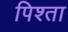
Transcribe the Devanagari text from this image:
पिश्ता